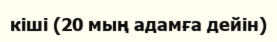
кіші (20 мың адамға дейін)